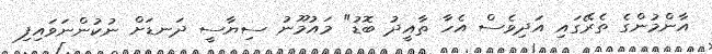
އާންމުންގެ ތެރޭގައި އަދިވެސް އެހާ ތާއީދު ބޮޑު" މައުމޫނު ސިޔާސީ ދަނޑަށް ނުކުންނަވައިފި